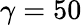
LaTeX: \gamma=50